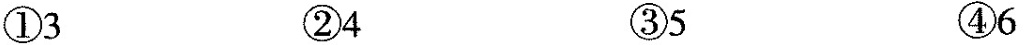
①3 ②4 ③5 ④6